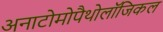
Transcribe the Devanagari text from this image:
अनाटोमोपैथोलॉजिकल